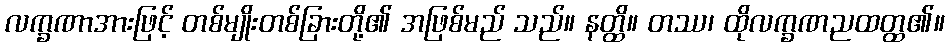
လက္ခဏာအားဖြင့် တစ်မျိုးတစ်ခြားတို့၏ အဖြစ်မည် သည်။ နတ္ထိ။ တဿ၊ ထိုလက္ခဏညထတ္ထ၏။